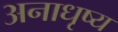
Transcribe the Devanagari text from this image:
अनाधृष्य